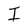
Character: I